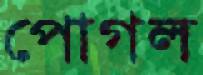
পোগল